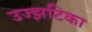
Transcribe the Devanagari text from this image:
उज्झटिका